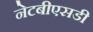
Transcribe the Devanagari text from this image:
नेटबीएसडी